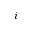
i